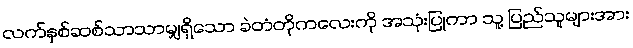
လက်နှစ်ဆစ်သာသာမျှရှိသော ခဲတံတိုကလေးကို အသုံးပြုကာ သူ့ ပြည်သူများအား